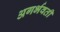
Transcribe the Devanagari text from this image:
अगर्भवती